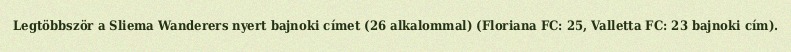
Legtöbbször a Sliema Wanderers nyert bajnoki címet (26 alkalommal) (Floriana FC: 25, Valletta FC: 23 bajnoki cím).